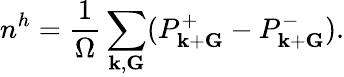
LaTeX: n^{h}=\frac{1}{\Omega}\sum_{{\mathbf k},{\mathbf G}}(P_{{\mathbf k}+{\mathbf G}}^{+}-P_{{\mathbf k}+{\mathbf G}}^{-}).